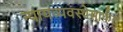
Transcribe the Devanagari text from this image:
न्यायव्यवस्थेमार्फत